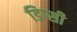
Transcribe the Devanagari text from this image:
डिप्सी